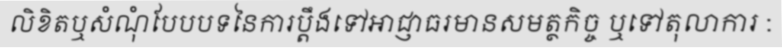
លិខិតឬសំណុំបែបបទនៃការប្តឹងទៅអាជ្ញាធរមានសមត្ថកិច្ច ឬទៅតុលាការ :